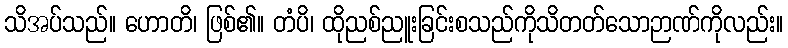
သိအပ်သည်။ ဟောတိ၊ ဖြစ်၏။ တံပိ၊ ထိုညစ်ညူးခြင်းစသည်ကိုသိတတ်သောဉာဏ်ကိုလည်း။